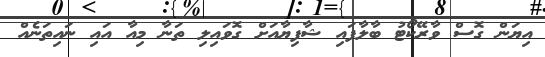
އިޔަން ގޮސް ވާރޭކޯޓު ބާލާފައި ޝާފިޔާއަށް ގޮވައިލި ތަނާ މިއާ އައި ނައިތަނެއް